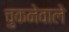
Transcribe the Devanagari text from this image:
चुकनेवाले